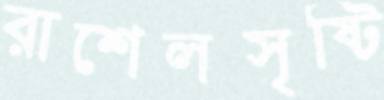
রাশেলসৃষ্টি